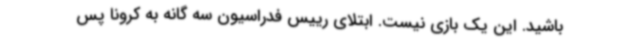
باشید. این یک بازی نیست. ابتلای رییس فدراسیون سه گانه به کرونا پس